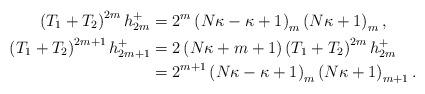
LaTeX: \begin{align*}\left( T_{1}+T_{2}\right) ^{2m}h_{2m}^{+} & =2^{m}\left( N\kappa-\kappa+1\right) _{m}\left( N\kappa+1\right) _{m},\\\left( T_{1}+T_{2}\right) ^{2m+1}h_{2m+1}^{+} & =2\left( N\kappa+m+1\right) \left( T_{1}+T_{2}\right) ^{2m}h_{2m}^{+}\\& =2^{m+1}\left( N\kappa-\kappa+1\right) _{m}\left( N\kappa+1\right)_{m+1}.\end{align*}